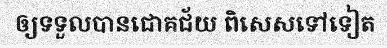
ឲ្យទទួលបានជោគជ័យ ពិសេសទៅទៀត